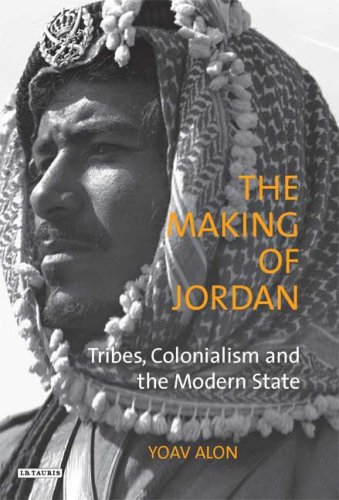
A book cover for The Making of Jordan: Tribes, Colonialism and the Modern State (Library of Modern Middle East Studies); Yoav Alon; History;